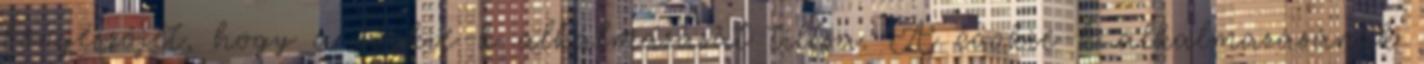
böngészőjét, hogy a cookie-k alkalmazását tiltsa. A cookie-k alkalmazásának